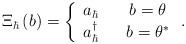
LaTeX: \begin{align*}\Xi_{\hbar}\left( b\right) =\left\{\begin{array}[c]{ccc}a_{\hbar} & & b=\theta\\a_{\hbar}^{\dag} & & b=\theta^{\ast}\end{array}\right. . \end{align*}